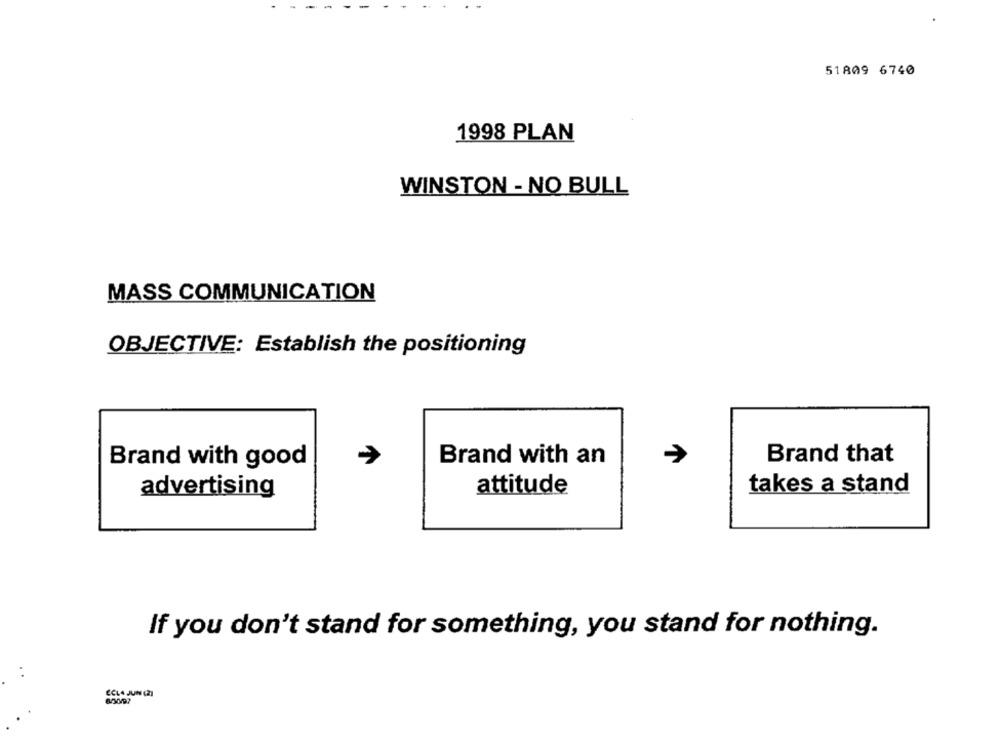
51809 6740
1998 PLAN
WINSTON - NO BULL
MASS COMMUNICATION
OBJECTIVE: Establish the positioning
Brand with an
Brand that
Brand with good
attitude
takes a stand
advertising
If you don't stand for something, you stand for nothing.
ECLA JUN (21